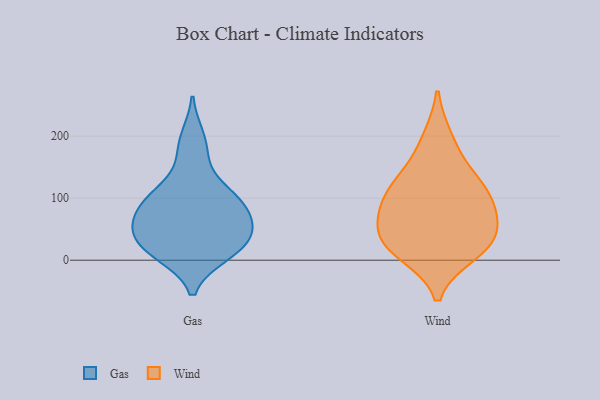
{"axis": {"x": "Website Visitors", "y": "Value"}, "legend": ["Gas", "Wind"], "data": [{"x": "", "y": 13, "type": "Gas"}, {"x": "", "y": 48, "type": "Gas"}, {"x": "", "y": 16, "type": "Gas"}, {"x": "", "y": 49, "type": "Gas"}, {"x": "", "y": 88, "type": "Gas"}, {"x": "", "y": 167, "type": "Gas"}, {"x": "", "y": 101, "type": "Gas"}, {"x": "", "y": 54, "type": "Gas"}, {"x": "", "y": 24, "type": "Gas"}, {"x": "", "y": 198, "type": "Gas"}, {"x": "", "y": 10, "type": "Gas"}, {"x": "", "y": 102, "type": "Gas"}, {"x": "", "y": 109, "type": "Gas"}, {"x": "", "y": 54, "type": "Gas"}, {"x": "", "y": 81, "type": "Gas"}, {"x": "", "y": 119, "type": "Wind"}, {"x": "", "y": 146, "type": "Wind"}, {"x": "", "y": 54, "type": "Wind"}, {"x": "", "y": 23, "type": "Wind"}, {"x": "", "y": 98, "type": "Wind"}, {"x": "", "y": 11, "type": "Wind"}, {"x": "", "y": 78, "type": "Wind"}, {"x": "", "y": 44, "type": "Wind"}, {"x": "", "y": 103, "type": "Wind"}, {"x": "", "y": 196, "type": "Wind"}, {"x": "", "y": 23, "type": "Wind"}]}